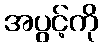
အပွင့်ကို